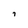
Character: 7